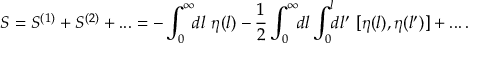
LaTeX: S = S ^ { ( 1 ) } + S ^ { ( 2 ) } + . . . = - \int _ { 0 } ^ { \infty } \! \! d l \ \eta ( l ) - \frac { 1 } { 2 } \int _ { 0 } ^ { \infty } \! \! d l \int _ { 0 } ^ { l } \! \! d l ^ { \prime } \ [ \eta ( l ) , \eta ( l ^ { \prime } ) ] + . . . \, .